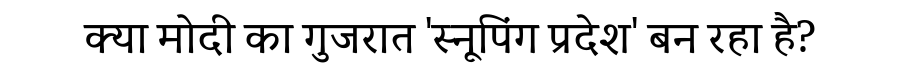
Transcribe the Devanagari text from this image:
क्या मोदी का गुजरात 'स्नूपिंग प्रदेश' बन रहा है?